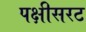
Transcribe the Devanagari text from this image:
पक्षीसरट